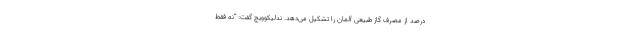
درصد از مصرف گاز طبیعی آلمان را تشکیل می‌دهد. ندلیکوویچ گفت: “نه فقط